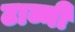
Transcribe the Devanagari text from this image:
टाव्नी